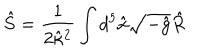
\hat { S } = \frac { 1 } { 2 \hat { \kappa } { } ^ { 2 } } \int d ^ { 5 } \hat { x } \sqrt { - \hat { g } } \hat { R }